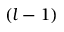
( l - 1 )